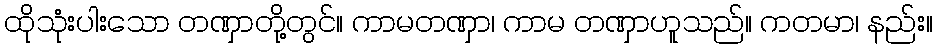
ထိုသုံးပါးသော တဏှာတို့တွင်။ ကာမတဏှာ၊ ကာမ တဏှာဟူသည်။ ကတမာ၊ နည်း။